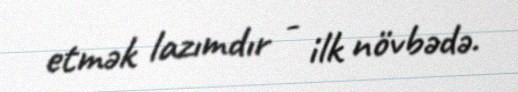
etmək lazımdır - ilk növbədə.